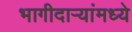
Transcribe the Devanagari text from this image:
भागीदार्‍यांमध्ये